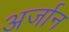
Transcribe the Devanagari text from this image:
अर्जान